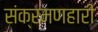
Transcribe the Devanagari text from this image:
संक्रमणहारी